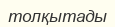
толқытады